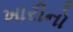
ખારીનો